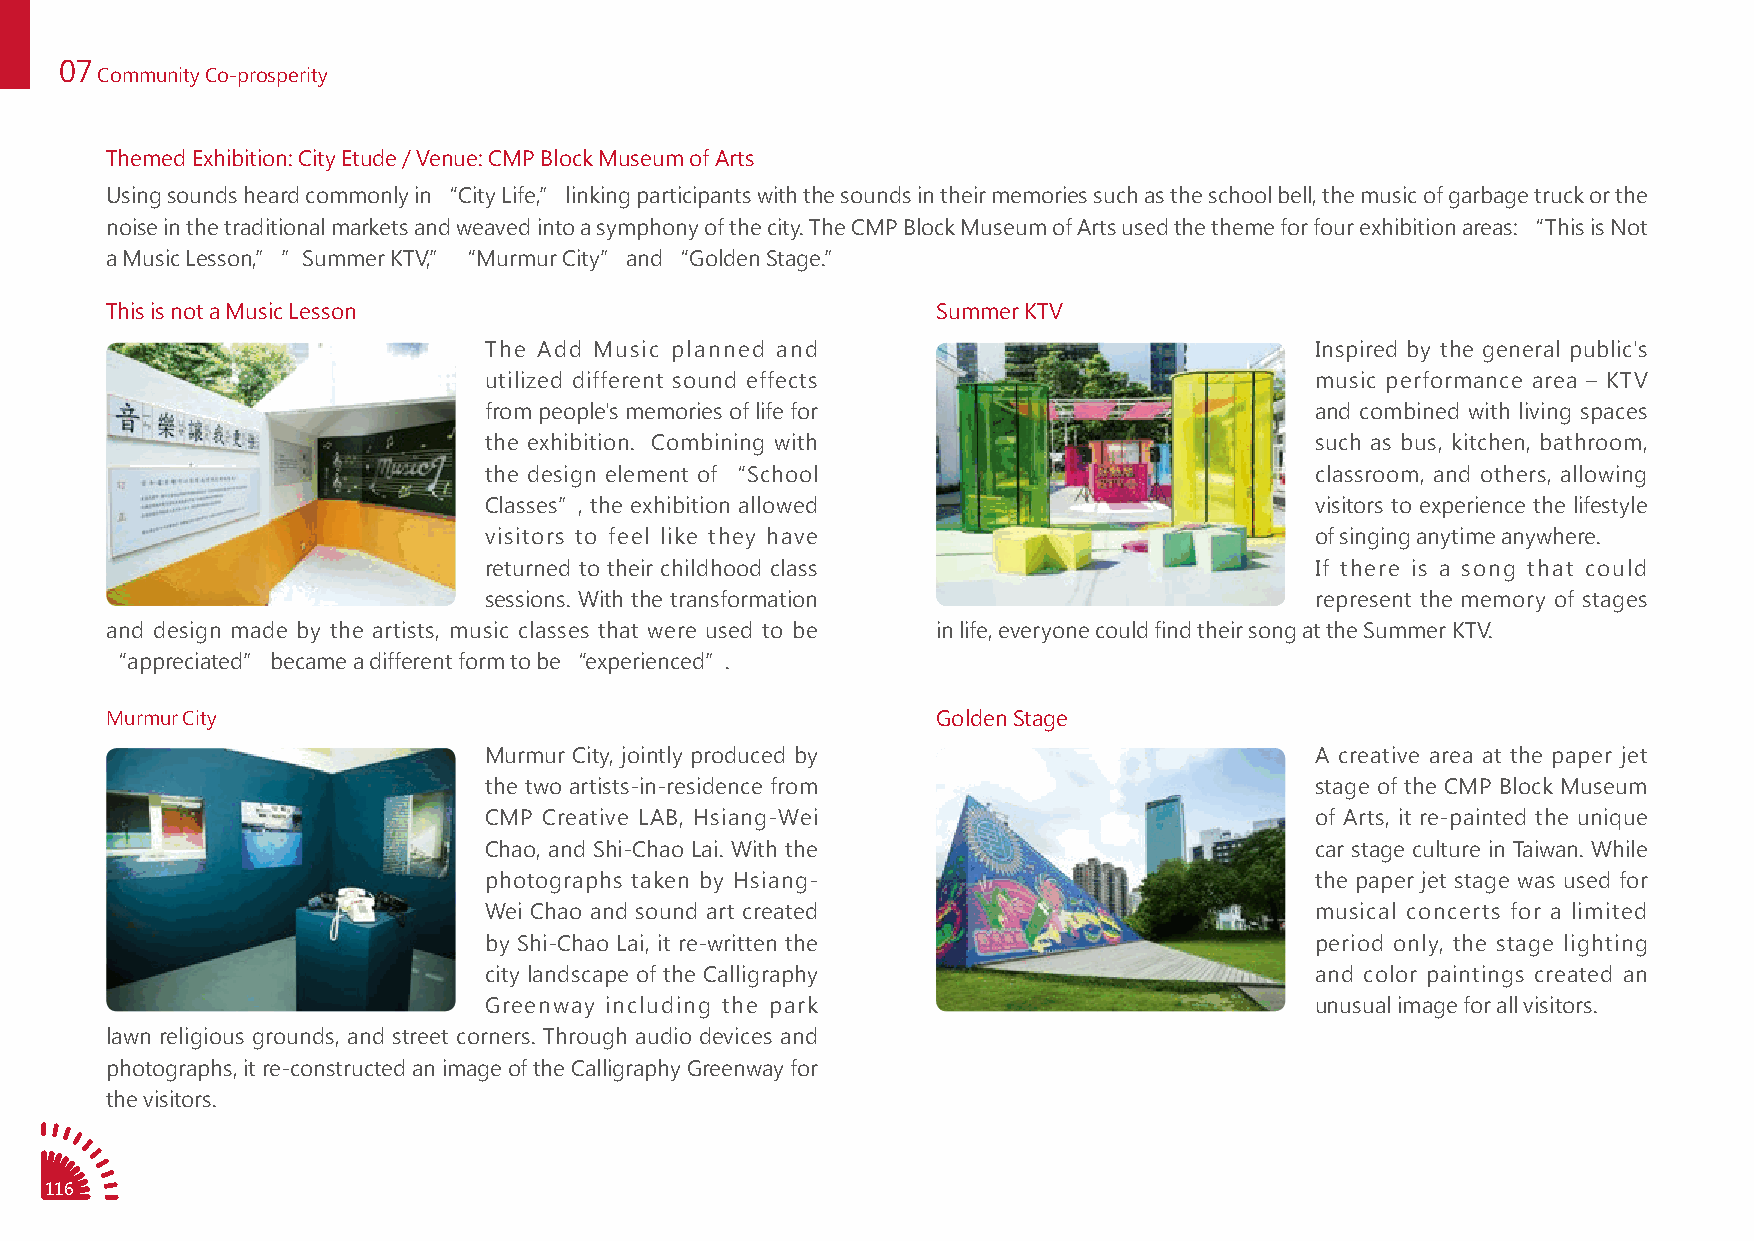
07
 Community Co-prosperity
 Themed Exhibition: City Etude / Venue: CMP Block Museum of Arts
 Using sounds heard commonly in “City Life,” linking participants with the sounds in their memories such as the school bell, the music of garbage truck or the
 noise in the traditional markets and weaved into a symphony of the city. The CMP Block Museum of Arts used the theme for four exhibition areas: “This is Not
 a Music Lesson,” ”Summer KTV,” “Murmur City” and “Golden Stage.”
 This is not a Music Lesson                             Summer KTV
 The Add Music planned and                              Inspired by the general public's
 utilized different sound effects                       music performance area – KTV
 from people's memories of life for                     and combined with living spaces
 the exhibition. Combining with                         such as bus, kitchen, bathroom,
 the design element of “School                          classroom, and others, allowing
 Classes”, the exhibition allowed                       visitors to experience the lifestyle
 visitors to feel like they have                        of singing anytime anywhere.
 returned to their childhood class                      If there is a song that could
 sessions. With the transformation                      represent the memory of stages
 and design made by the artists, music classes that were used to be in life, everyone could find their song at the Summer KTV.
 “appreciated” became a different form to be “experienced”.
 Murmur City                                            Golden Stage
 Murmur City, jointly produced by                       A creative area at the paper jet
 the two artists-in-residence from                      stage of the CMP Block Museum
 CMP Creative LAB, Hsiang-Wei                           of Arts, it re-painted the unique
 Chao, and Shi-Chao Lai. With the                       car stage culture in Taiwan. While
 photographs taken by Hsiang-                           the paper jet stage was used for
 Wei Chao and sound art created                         musical concerts for a limited
 by Shi-Chao Lai, it re-written the                     period only, the stage lighting
 city landscape of the Calligraphy                      and color paintings created an
 Greenway including the park                            unusual image for all visitors.
 lawn religious grounds, and street corners. Through audio devices and
 photographs, it re-constructed an image of the Calligraphy Greenway for
 the visitors.
 116